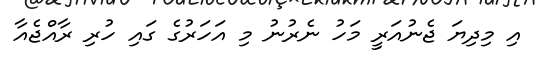
އި މިދިޔަ ޖެނުއަރީ މަހު ނެރުނު މި އަހަރުގެ ގައި ހުރި ރާއްޖެއާ